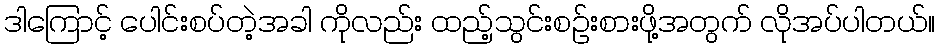
ဒါကြောင့် ပေါင်းစပ်တဲ့အခါ ကိုလည်း ထည့်သွင်းစဉ်းစားဖို့အတွက် လိုအပ်ပါတယ်။